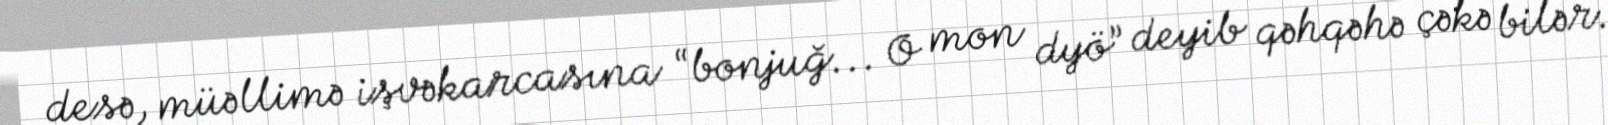
desə, müəllimə işvəkarcasına “bonjuğ... O mon dyö” deyib qəhqəhə çəkə bilər.